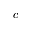
c